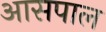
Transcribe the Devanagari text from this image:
आसपाल